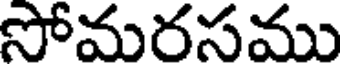
సోమరసము